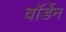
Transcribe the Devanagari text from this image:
वाॅर्डेन